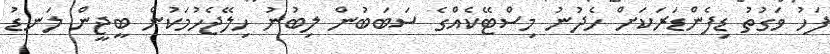
ފަހު ވަގުތު ޑިފެންޑަރަކަށް ހެދުނު މިސްޓޭކެއްގެ ސަބަބުން ލިބުނު ހިލޭޖެހުމަކުން ބީޖީން ލަނޑު